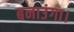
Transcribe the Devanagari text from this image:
बनाउंगा।